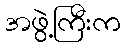
အဖွဲ့ကြီးက